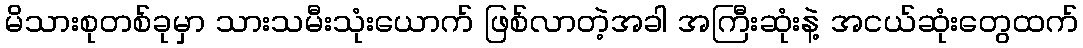
မိသားစုတစ်ခုမှာ သားသမီးသုံးယောက် ဖြစ်လာတဲ့အခါ အကြီးဆုံးနဲ့ အငယ်ဆုံးတွေထက်